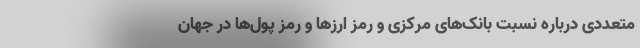
متعددی درباره نسبت بانک‌های مرکزی و رمز ارزها و رمز پول‌ها در جهان